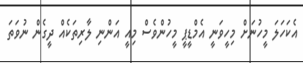
އެކަހަލަ މީހުނަށް މިހީވަނީ އެމްޑީޕީ މީހުންވެސް މިއީ އަންނި ލާރިތަކެއް ދީގެން ނުވަތަ